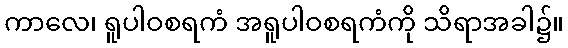
ကာလေ၊ ရူပါဝစရကံ အရူပါဝစရကံကို သိရာအခါ၌။